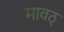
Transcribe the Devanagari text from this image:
मावठ्